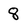
Character: 8